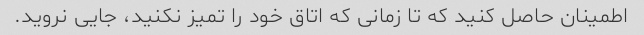
اطمینان حاصل کنید که تا زمانی که اتاق خود را تمیز نکنید، جایی نروید.